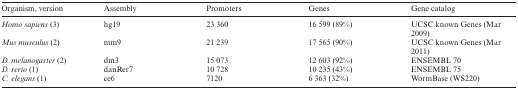
<table><thead><tr><td><b>Organism, version</b></td><td><b>Assembly</b></td><td><b>Promoters</b></td><td><b>Genes</b></td><td><b>Gene catalog</b></td></tr></thead><tbody><tr><td><i>Homo sapiens</i> (3)</td><td>hg19</td><td>23 360</td><td>16 599 (89%)</td><td>UCSC known Genes (Mar 2009)</td></tr><tr><td><i>Mus musculus</i> (2)</td><td>mm9</td><td>21 239</td><td>17 565 (90%)</td><td>UCSC known Genes (Mar 2011)</td></tr><tr><td><i>D. melanogaster</i> (2)</td><td>dm3</td><td>15 073</td><td>12 603 (92%)</td><td>ENSEMBL 70</td></tr><tr><td><i>D. rerio</i> (1)</td><td>danRer7</td><td>10 728</td><td>10 235 (43%)</td><td>ENSEMBL 75</td></tr><tr><td><i>C. elegans</i> (1)</td><td>ce6</td><td>7120</td><td>6 363 (32%)</td><td>WormBase (WS220)</td></tr></tbody></table>